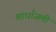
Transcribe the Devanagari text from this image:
श्राधाँजली